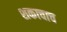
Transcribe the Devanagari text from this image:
शकाचाच